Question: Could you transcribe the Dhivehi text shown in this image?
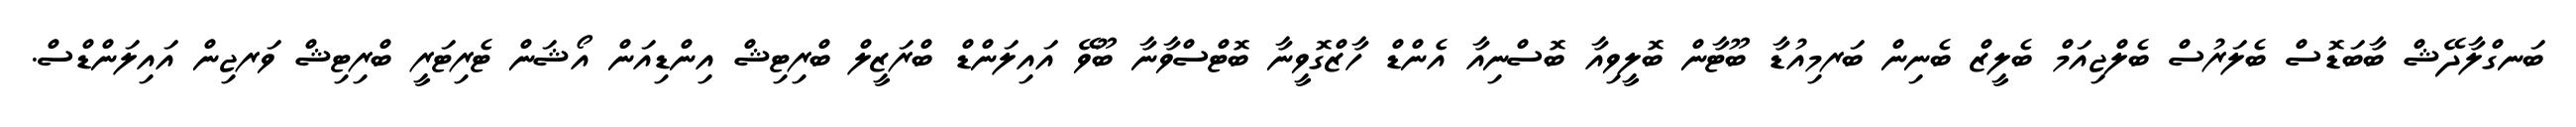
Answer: ބަނގްލާދޭޝް ބާބަޑޮސް ބެލަރުސް ބެލްޖިއަމް ބެލީޒް ބެނިން ބަރމިއުޑާ ބޫޓާން ބޮލީވިއާ ބޮސްނިއާ އެންޑް ހާޒްގޮވީނާ ބޮޓްސްވާނާ ބޫވޭ އައިލަންޑް ބްރަޒީލް ބްރިޓިޝް އިންޑިއަން އޯޝަން ޓެރިޓަރީ ބްރިޓިޝް ވަރޖިން އައިލަންޑްސް.